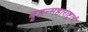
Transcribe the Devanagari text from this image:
बृहन्महाराष्ट्राची